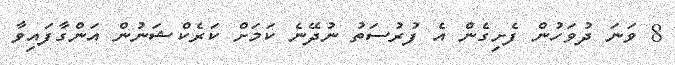
8 ވަނަ ދުވަހުން ފެށިގެން އެ ފުރުސަތު ނުދޭނެ ކަމަށް ކަރެކްޝަނުން އަންގާފައިވާ